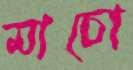
মাচো